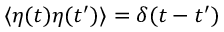
\langle \eta ( t ) \eta ( t ^ { \prime } ) \rangle = \delta ( t - t ^ { \prime } )